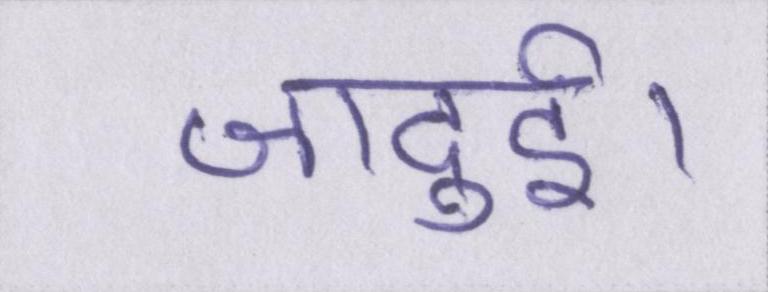
जादुई।